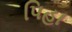
પિહા